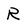
Character: R